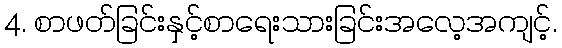
4. စာဖတ်ခြင်းနှင့်စာရေးသားခြင်းအလေ့အကျင့်.